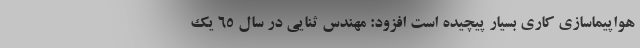
هواپیماسازی کاری بسیار پیچیده است افزود: مهندس ثنایی در سال ۶۵ یک